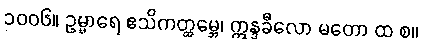
၁၀၀၆။ ဥမ္မာရေ ဧသိကတ္ထမ္ဘေ၊ ဣန္ဒခီလော မတော ထ စ။